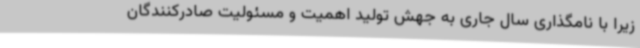
زیرا با نامگذاری سال جاری به جهش تولید اهمیت و مسئولیت صادرکنندگان